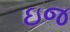
ઇજ